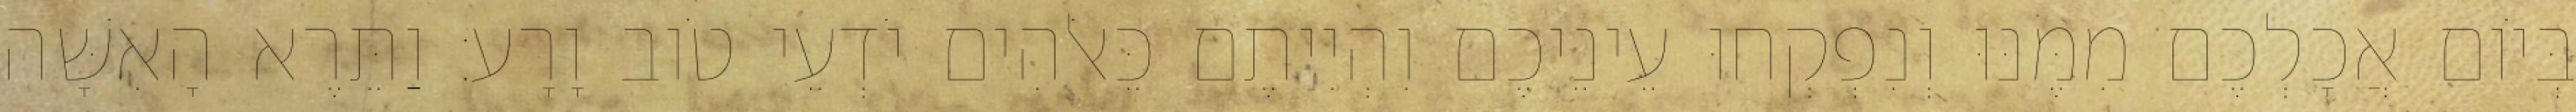
בְּיֹום אֲכָלְכֶם מִמֶּנּוּ וְנִפְקְחוּ עֵינֵיכֶם וִהְיִיתֶם כֵּאלֹהִים יֹדְעֵי טֹוב וָרָע׃ וַתֵּרֶא הָאִשָּׁה